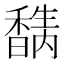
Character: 𥣉